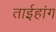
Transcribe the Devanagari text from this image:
ताईहांग